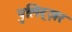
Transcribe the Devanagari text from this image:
पुलिट्ज़र